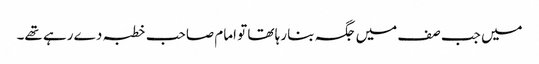
میں جب صف میں جگہ بنا رہا تھا تو امام صاحب خطبہ دے رہے تھے۔